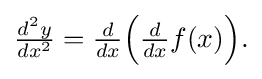
{\textstyle {\frac {d^{2}y}{dx^{2}}}={\frac {d}{dx}}{\Bigl (}{\frac {d}{dx}}f(x){\Bigr )}.}